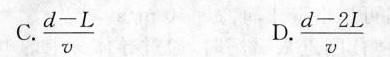
C.$$\frac { d - L } { v }$$ D.$$\frac { d - 2 L } { v }$$